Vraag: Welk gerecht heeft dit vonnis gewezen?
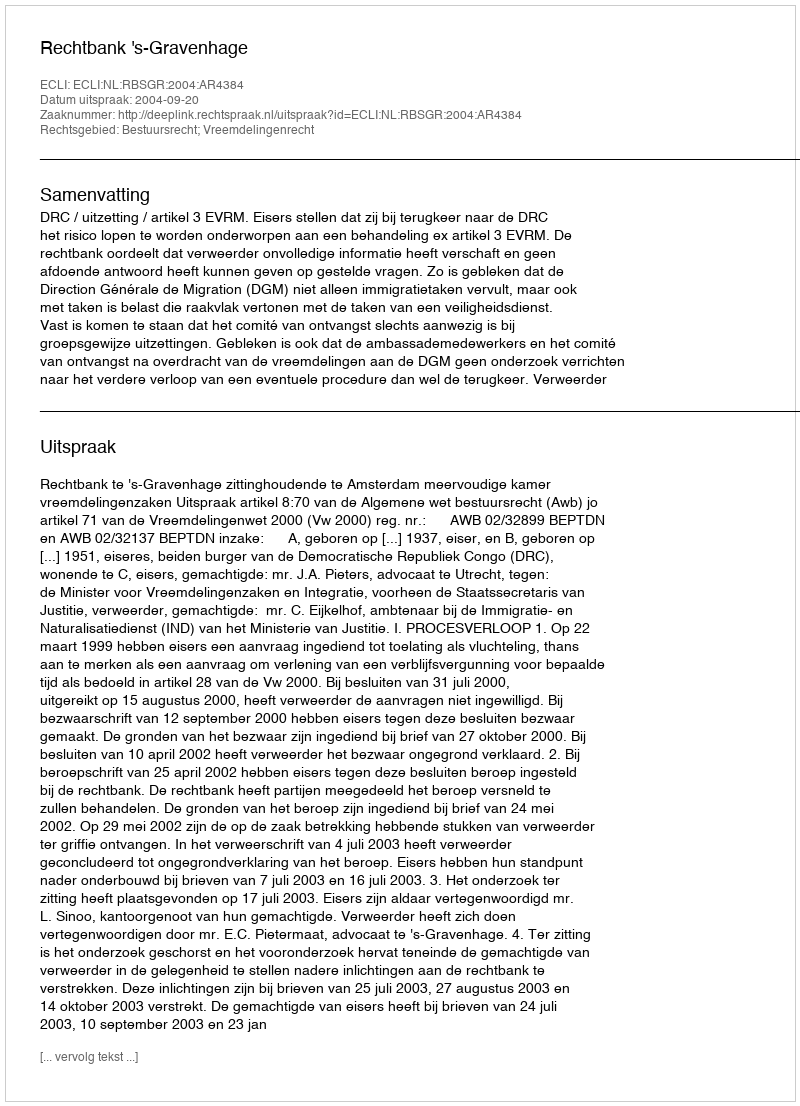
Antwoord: Rechtbank 's-Gravenhage